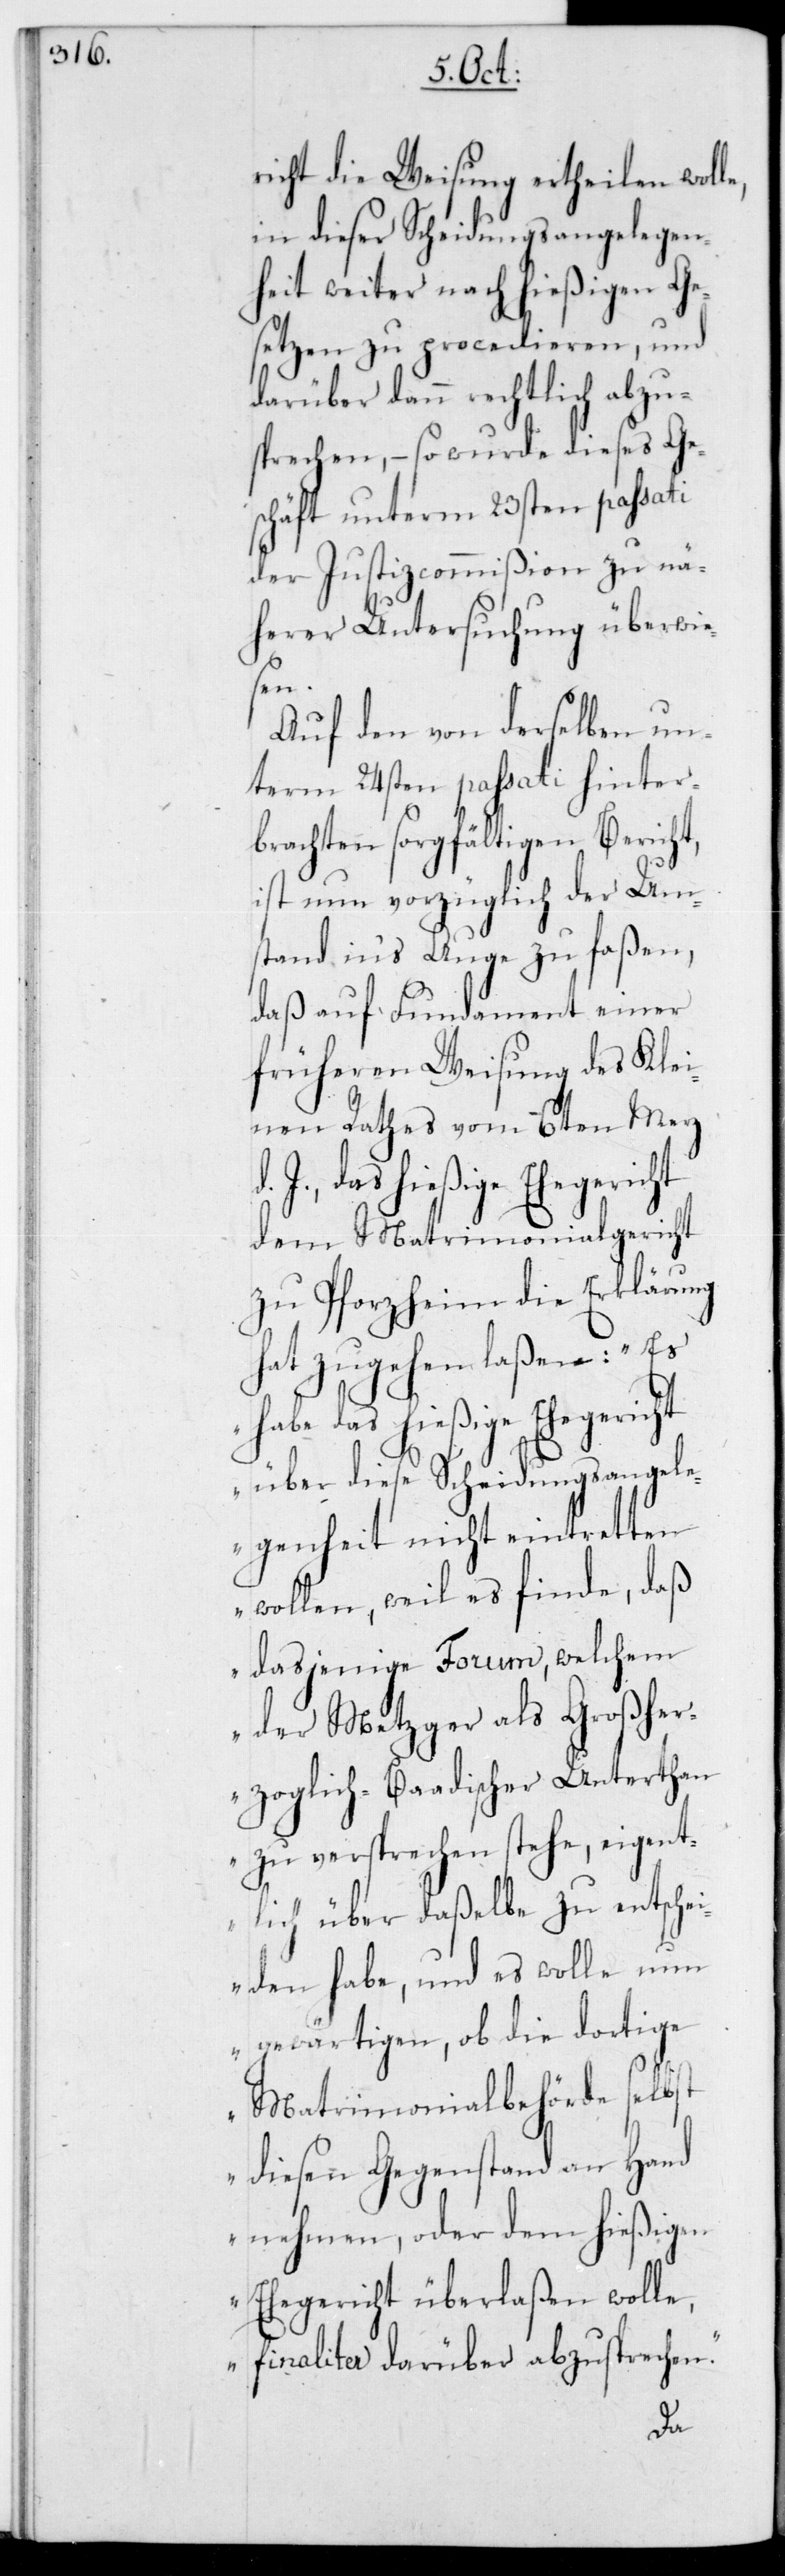
richt die Weisung ertheilen wolle,
in dieser Scheidungsangelegen¬
heit weiter nach hießigen Ge¬
sezen zu procedieren, und
darüber dann rechtlich abzu¬
sprechen, – so wurde dieses Ge¬
schäft unterm 23sten passati
der Justizcommißion zu nä¬
herer Untersuchung überwie¬
sen.
Auf den von derselben un¬
term 24sten passati hinter¬
brachten sorgfältigen Bericht,
ist nun vorzüglich der Um¬
stand in‘s Auge zu faßen,
daß auf Fundament einer
früheren Weisung des Klei¬
nen Rathes vom 6ten Merz
J. das hießige Ehegericht
dem Matrimonialgericht
zu Pforzheim die Erklärung
hat zugehen laßen: „Es
habe das hießige Ehegericht
über diese Scheidungsangel¬
egenheit nicht eintretten
wollen, weil es finde, daß
dasjenige Forum, welchem
der Metzger als Großher¬
zoglich-Baadischer Unterthan
zu versprechen stehe, eigent¬
lich über daßelbe zu entsche¬
iden habe, und es wolle nun
gewärtigen, ob die dortige
Matrimonialbehörde selbst
diesen Gegenstand an Hand
nehmen, oder dem hießigen
Ehegericht überlaßen wolle,
finaliter darüber abzusprechen.“